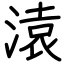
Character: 溒